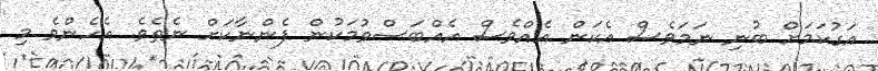
އަގުކަމަށް ބުނި ނަމަވެސް އެކަން އެއްވެސް އެއްބަސްވުމަކުން ފެންނާކަށް ނެތެވެ. އެހެންވެ މި